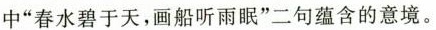
中”春水碧于天，画船听雨眠”二句蕴含的意境。